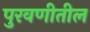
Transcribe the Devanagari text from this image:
पुरवणीतील